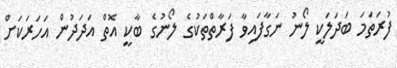
ފުރަތަމަ ބަދަލަކީ ލޯނު ނަގާފައިވާ ފަރާތްތަކުގެ ލޯނުގެ ބާކީ އޮތް އަދަދުން އަހަރަކަށް